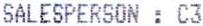
SALESPERSON : C3